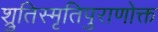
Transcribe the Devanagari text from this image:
श्रुतिस्मृतिपुराणोक्त